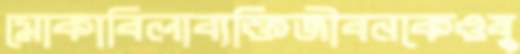
মোকাবিলাব্যক্তিজীবনকেওষু